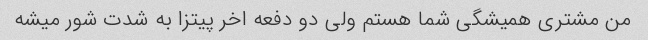
من مشتری همیشگی شما هستم ولی دو دفعه اخر پیتزا به شدت شور میشه